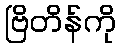
ဗြိတိန်ကို